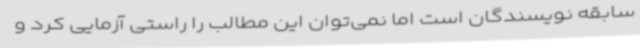
سابقه نویسندگان است اما نمی‌توان این مطالب را راستی آزمایی کرد و